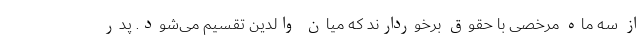
از سه ماه مرخصی با حقوق برخوردارند که میان والدین تقسیم می‌شود. پدر